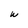
Character: W